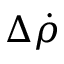
\Delta \dot { \rho }